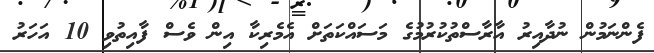
ފެންނަމުން ނުދާއިރު އާރާސްތުކުރުމުގެ މަސައްކަތަށް އެމެރިކާ އިން ވެސް ފާއިތުވި 10 އަހަރު